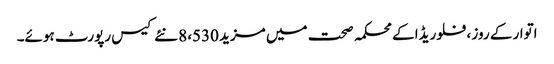
اتوار کے روز ، فلوریڈا کے محکمہ صحت میں مزید 8،530 نئے کیس رپورٹ ہوئے۔